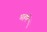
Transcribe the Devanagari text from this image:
पाहणें